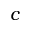
\boldsymbol c